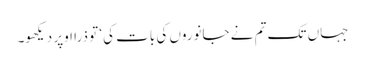
جہاں تک تم نے جانوروں کی بات کی‘ تو ذرا اوپر دیکھو۔